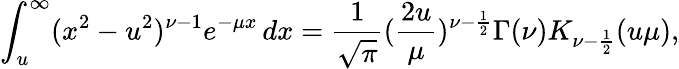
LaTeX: \int_{u}^{\infty}(x^{2}-u^{2})^{\nu-1}e^{-\mu x}\, dx=\frac{1}{\sqrt{\pi}}(\frac{2u}{\mu})^{\nu-\frac{1}{2}}\Gamma(\nu)K_{\nu-\frac{1}{2}}(u\mu),